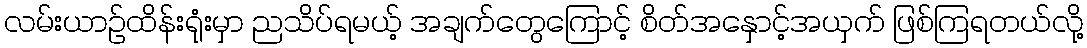
လမ်းယာဉ်ထိန်းရုံးမှာ ညသိပ်ရမယ့် အချက်တွေကြောင့် စိတ်အနှောင့်အယှက် ဖြစ်ကြရတယ်လို့